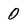
Character: 0